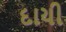
દાયી